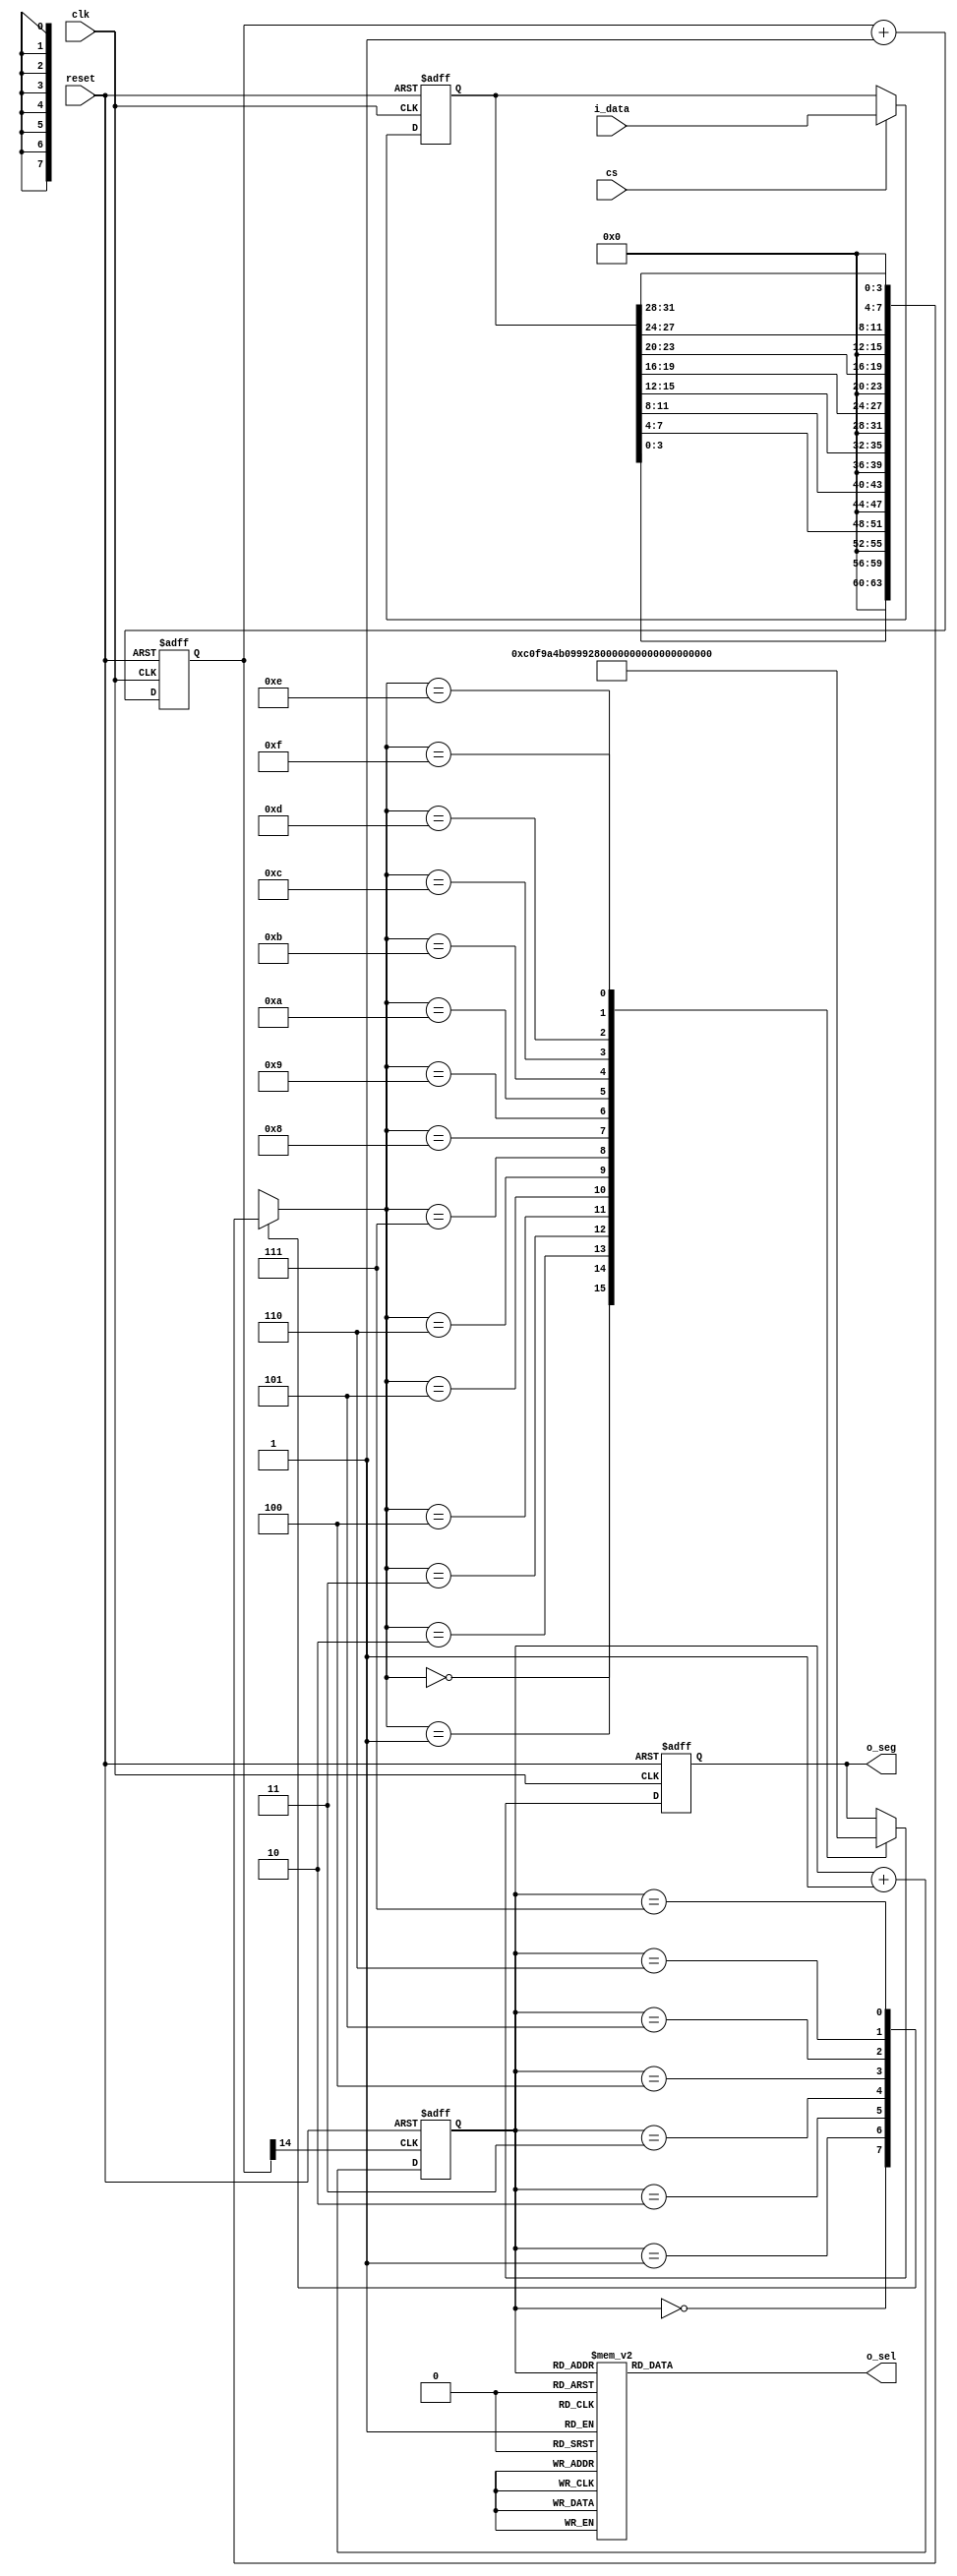
`timescale 1ns / 1ns

module seg7x16(
    input clk,
	input reset,
	input cs,
	input [31:0] i_data,
	output [7:0] o_seg,
	output [7:0] o_sel
    );

    reg [14:0] cnt;
	 always @ (posedge clk, posedge reset)
      if (reset)
        cnt <= 0;
      else
        cnt <= cnt + 1'b1;
 
    wire seg7_clk = cnt[14]; 
	 
	 reg [2:0] seg7_addr;
	 
	 always @ (posedge seg7_clk, posedge reset)
	   if(reset)
		  seg7_addr <= 0;
		else
		  seg7_addr <= seg7_addr + 1'b1;
		  
	 reg [7:0] o_sel_r;
	 
	 always @ (*)
	   case(seg7_addr)
		  7 : o_sel_r = 8'b01111111;
		  6 : o_sel_r = 8'b10111111;
		  5 : o_sel_r = 8'b11011111;
		  4 : o_sel_r = 8'b11101111;
		  3 : o_sel_r = 8'b11110111;
		  2 : o_sel_r = 8'b11111011;
		  1 : o_sel_r = 8'b11111101;
		  0 : o_sel_r = 8'b11111110;
		endcase
	
	 reg [31:0] i_data_store;
	 always @ (posedge clk, posedge reset)
	   if(reset)
		  i_data_store <= 0;
		else if(cs)
		  i_data_store <= i_data;
		  
	 reg [7:0] seg_data_r;
	 always @ (*)
	   case(seg7_addr)
		  0 : seg_data_r = i_data_store[3:0];
		  1 : seg_data_r = i_data_store[7:4];
		  2 : seg_data_r = i_data_store[11:8];
		  3 : seg_data_r = i_data_store[15:12];
		  4 : seg_data_r = i_data_store[19:16];
		  5 : seg_data_r = i_data_store[23:20];
		  6 : seg_data_r = i_data_store[27:24];
		  7 : seg_data_r = i_data_store[31:28];
		endcase
	 
	 reg [7:0] o_seg_r;
	 always @ (posedge clk, posedge reset)
	   if(reset)
		  o_seg_r <= 8'hff;
		else
		  case(seg_data_r)
		    4'h0 : o_seg_r <= 8'hC0;
          4'h1 : o_seg_r <= 8'hF9;
          4'h2 : o_seg_r <= 8'hA4;
          4'h3 : o_seg_r <= 8'hB0;
          4'h4 : o_seg_r <= 8'h99;
          4'h5 : o_seg_r <= 8'h92;
          4'h6 : o_seg_r <= 8'h82;
          4'h7 : o_seg_r <= 8'hF8;
          4'h8 : o_seg_r <= 8'h80;
          4'h9 : o_seg_r <= 8'h90;
          4'hA : o_seg_r <= 8'h88;
          4'hB : o_seg_r <= 8'h83;
          4'hC : o_seg_r <= 8'hC6;
          4'hD : o_seg_r <= 8'hA1;
          4'hE : o_seg_r <= 8'h86;
          4'hF : o_seg_r <= 8'h8E;
		  endcase
		  
	 assign o_sel = o_sel_r;
	 assign o_seg = o_seg_r;

endmodule